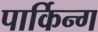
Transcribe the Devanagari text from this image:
पार्किन्ग